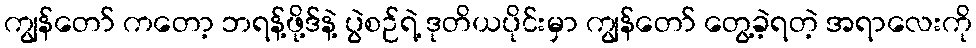
ကျွန်တော် ကတော့ ဘရန့်ဖို့ဒ်နဲ့ ပွဲစဉ်ရဲ့ ဒုတိယပိုင်းမှာ ကျွန်တော် တွေ့ခဲ့ရတဲ့ အရာလေးကို